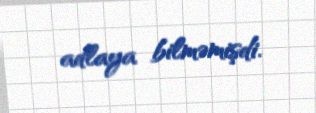
adlaya bilməmişdi.